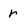
Character: r